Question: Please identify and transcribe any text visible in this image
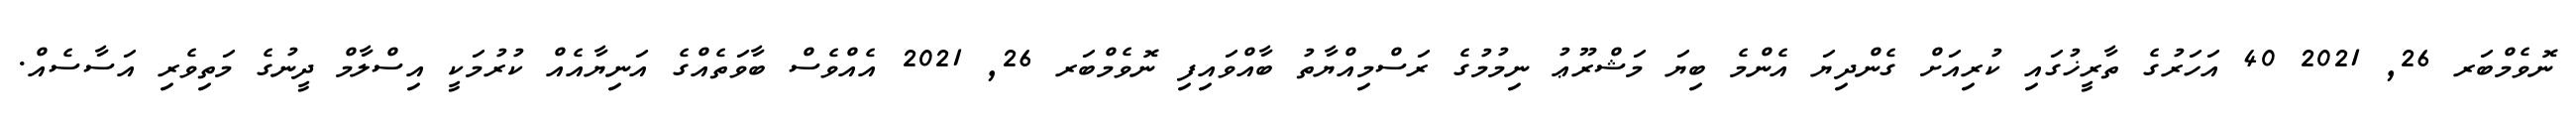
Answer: ނޮވެމްބަރ 26, 2021 40 އަހަރުގެ ތާރީޚުގައި ކުރިއަށް ގެންދިޔަ އެންމެ ބިޔަ މަޝްރޫޢު ނިމުމުގެ ރަސްމިއްޔާތު ބާއްވައިފި ނޮވެމްބަރ 26, 2021 އެއްވެސް ބާވަތެއްގެ އަނިޔާއެއް ކުރުމަކީ އިސްލާމް ދީނުގެ މަތިވެރި އަސާސެއް.